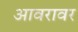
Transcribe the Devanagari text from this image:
आवरावर